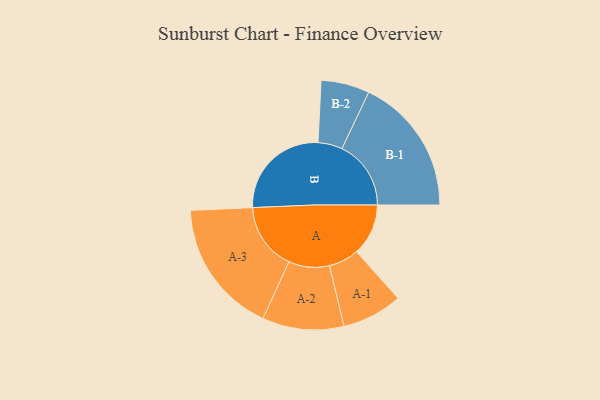
{"axis": {"x": "Segment", "y": "Value"}, "legend": ["", "A", "B"], "data": [{"x": "A", "y": 217, "type": ""}, {"x": "B", "y": 428, "type": ""}, {"x": "A-1", "y": 127, "type": "A"}, {"x": "A-2", "y": 171, "type": "A"}, {"x": "A-3", "y": 283, "type": "A"}, {"x": "B-1", "y": 290, "type": "B"}, {"x": "B-2", "y": 102, "type": "B"}]}